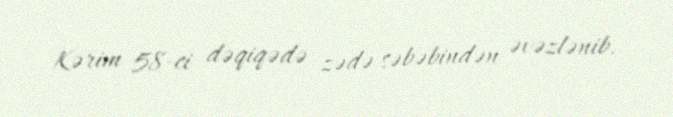
Kərim 58-ci dəqiqədə zədə səbəbindən əvəzlənib.